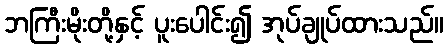
ဘကြီးမိုးတို့နှင့် ပူးပေါင်း၍ အုပ်ချုပ်ထားသည်။